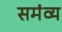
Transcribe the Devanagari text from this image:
समंव्य